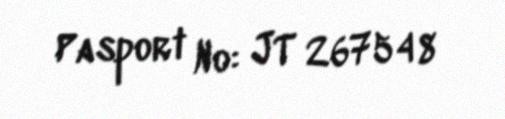
Pasport №: JT 267548